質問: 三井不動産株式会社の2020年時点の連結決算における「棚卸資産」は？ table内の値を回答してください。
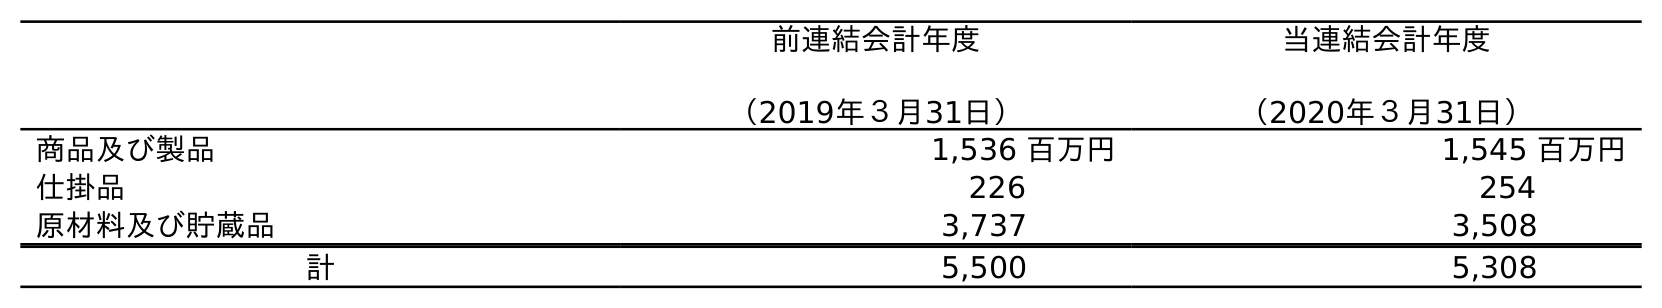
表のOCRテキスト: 前連結会計年度 （2019年３月31日） 当連結会計年度 （2020年３月31日） 商品及び製品 1,536 百万円 1,545 百万円 仕掛品 226 254 原材料及び貯蔵品 3,737 3,508 計 5,500 5,308
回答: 5,308